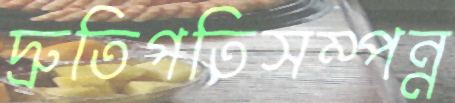
দ্রুতিগতিসম্পন্ন